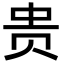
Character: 贵